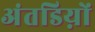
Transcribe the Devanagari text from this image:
अंतडिय़ों